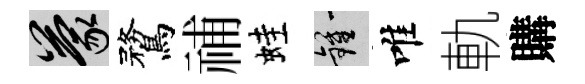
蒙鶩𥙷蛙鍾唯軌購